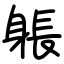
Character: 躼